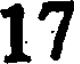
17